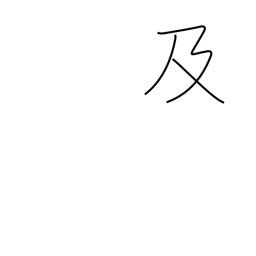
Meaning: cause